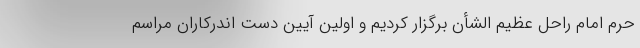
حرم امام راحل عظیم الشأن برگزار کردیم و اولین آیین دست اندرکاران مراسم